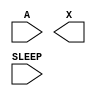
module sky130_fd_sc_hd__lpflow_inputiso1p (
    //# {{data|Data Signals}}
    input  A    ,
    output X    ,

    //# {{power|Power}}
    input  SLEEP
);

    // Voltage supply signals
    supply1 VPWR;
    supply0 VGND;
    supply1 VPB ;
    supply0 VNB ;

endmodule